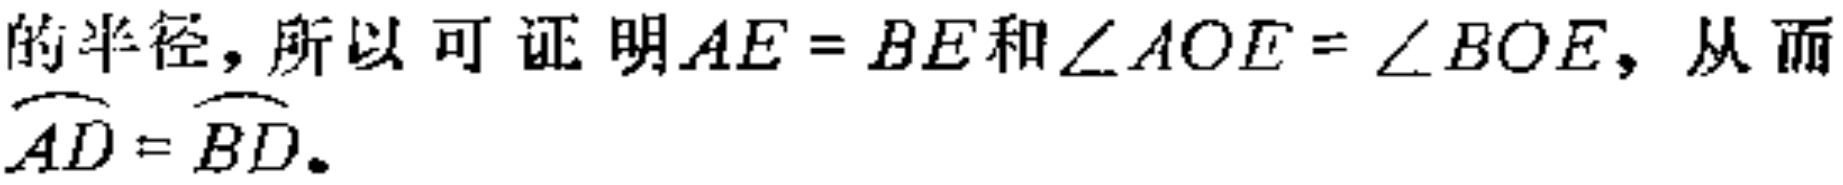
的半径, 所以可证明$AE = BE$和$\angle AOE=\angle BOE$, 从而$\overset{\frown}{AD}=\overset{\frown}{BD}$.